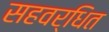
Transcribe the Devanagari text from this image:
सहवर्धित